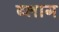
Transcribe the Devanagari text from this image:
ब्‍लाग